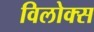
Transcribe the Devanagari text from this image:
विलोक्स